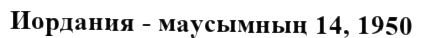
Иордания - маусымның 14, 1950